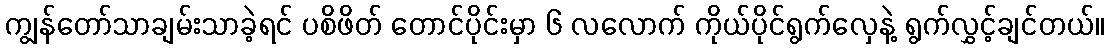
ကျွန်တော်သာချမ်းသာခဲ့ရင် ပစိဖိတ် တောင်ပိုင်းမှာ ၆ လလောက် ကိုယ်ပိုင်ရွက်လှေနဲ့ ရွက်လွှင့်ချင်တယ်။